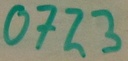
Text: 0723